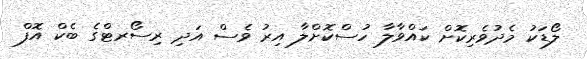
ލޯޑަކު މެދުވެރިކޮށް ކައްވާލާ ހުސްކޮށްލާ އިރު ވެސް އަދި ރިސޯރޓްގެ ބެކް އޮފް